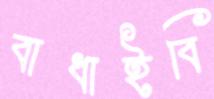
বাধাইবি